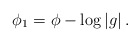
\begin{align*} \phi_1=\phi-\log\left\vert g\right\vert.\end{align*}